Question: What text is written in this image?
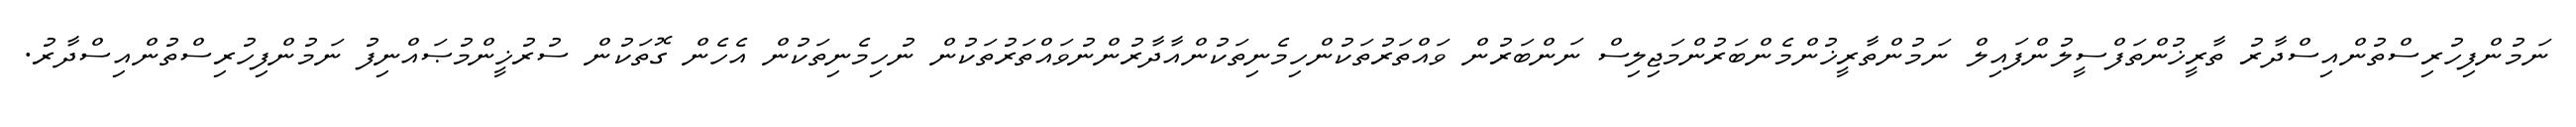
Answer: ނަމުންފިހުރިސްތުންއިސްދާރު ތާރީޚުންތަފްސީލުންފައިލް ނަމުންތާރީޚުންމެންބަރުންމަޖިލިސް ނަންބަރުން ވައްތަރުތަކުންހިމެނިތަކުންއާދާރުންނުވައްތަރުތަކުން ނުހިމެނިތަކުން އެހެން ގޮތަކުން ސުރުޚީންމުޞައްނިފު ނަމުންފިހުރިސްތުންއިސްދާރު.